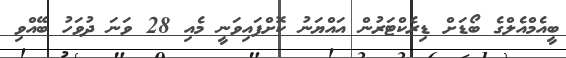
ބީއެމްއެލްގެ ބޯޑަށް ޑިރެކްޓަރުން އައްޔަނު ކޮށްފައިވަނީ މެއި 28 ވަނަ ދުވަހު ބޭއްވި